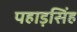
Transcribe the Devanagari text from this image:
पहाड़सिंह